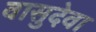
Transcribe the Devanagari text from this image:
वासुदेवा